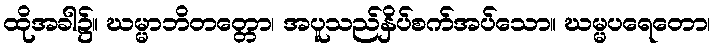
ထိုအခါ၌။ ဃမ္မာဘိတတ္တော၊ အပူသည်နှိပ်စက်အပ်သော။ ဃမ္မပရေတော၊